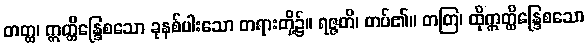
တတ္ထ၊ ဣတ္ထိန္ဒြေစသော ခုနစ်ပါးသော တရားတို့၌။ ရဇ္ဇတိ၊ တပ်၏။ တတြ၊ ထိုဣတ္ထိန္ဒြေစသော